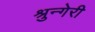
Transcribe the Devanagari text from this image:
श्रुन्गेरी